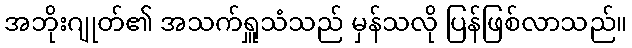
အဘိုးဂျုတ်၏ အသက်ရှူသံသည် မှန်သလို ပြန်ဖြစ်လာသည်။